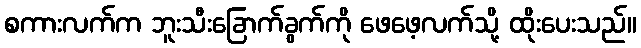
စကားလက်က ဘူးသီးခြောက်ခွက်ကို ဖေဖေ့လက်သို့ ထိုးပေးသည်။